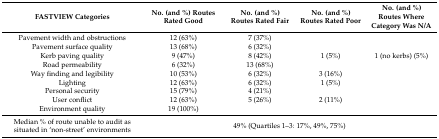
<table><thead><tr><td><b>FASTVIEW Categories</b></td><td><b>No. (and %) Routes Rated Good </b></td><td><b>No. (and %) Routes Rated Fair </b></td><td><b>No. (and %) Routes Rated Poor </b></td><td><b>No. (and %) Routes Where Category Was N/A </b></td></tr></thead><tbody><tr><td>Pavement width and obstructions</td><td>12 (63%)</td><td>7 (37%)</td><td></td><td></td></tr><tr><td>Pavement surface quality</td><td>13 (68%)</td><td>6 (32%)</td><td></td><td></td></tr><tr><td>Kerb paving quality</td><td>9 (47%)</td><td>8 (42%)</td><td>1 (5%)</td><td>1 (no kerbs) (5%)</td></tr><tr><td>Road permeability </td><td>6 (32%)</td><td>13 (68%)</td><td></td><td></td></tr><tr><td>Way finding and legibility</td><td>10 (53%)</td><td>6 (32%)</td><td>3 (16%)</td><td></td></tr><tr><td>Lighting</td><td>12 (63%)</td><td>6 (32%)</td><td>1 (5%)</td><td></td></tr><tr><td>Personal security</td><td>15 (79%)</td><td>4 (21%)</td><td></td><td></td></tr><tr><td>User conflict</td><td>12 (63%)</td><td>5 (26%)</td><td>2 (11%)</td><td></td></tr><tr><td>Environment quality</td><td>19 (100%)</td><td></td><td></td><td></td></tr><tr><td>Median % of route unable to audit as situated in ‘non-street’ environments</td><td colspan="4">49% (Quartiles 1–3: 17%, 49%, 75%)</td></tr></tbody></table>